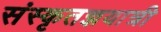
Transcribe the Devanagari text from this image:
संस्कृतज्ञयात्री